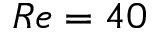
R e = 4 0